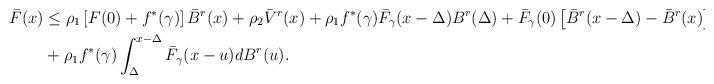
LaTeX: \begin{align*}\bar{F}(x) &\leq \rho_{1}\left[ F(0) + f^{*}(\gamma) \right]\bar{B}^{r}(x) + \rho_{2}\bar{V}^{r}(x) + \rho_{1}f^{*}(\gamma) \bar{F}_{\gamma}(x-\Delta)B^{r}(\Delta)+\bar{F}_{\gamma}(0)\left[ \bar{B}^{r}(x-\Delta) - \bar{B}^{r}(x) \right]\\& + \rho_{1}f^{*}(\gamma)\int_{\Delta}^{x-\Delta}\bar{F}_{\gamma}(x-u)dB^{r}(u).\end{align*}